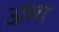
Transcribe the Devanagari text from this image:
अग्ग